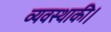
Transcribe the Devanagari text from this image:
व्यवस्थाकी।